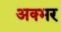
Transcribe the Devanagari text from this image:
अक्भर